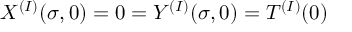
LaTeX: X ^ { ( I ) } ( \sigma , 0 ) = 0 = Y ^ { ( I ) } ( \sigma , 0 ) = T ^ { ( I ) } ( 0 )